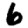
Digit: 6